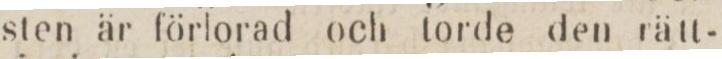
sten är förlorad och torde den rätt-